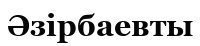
Әзірбаевты